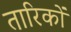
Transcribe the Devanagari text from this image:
तारिकों